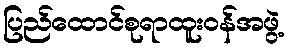
ပြည်ထောင်စုရာထူးဝန်အဖွဲ့